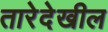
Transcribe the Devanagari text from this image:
तारेदेखील